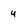
Character: u